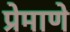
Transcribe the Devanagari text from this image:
प्रेमाणे